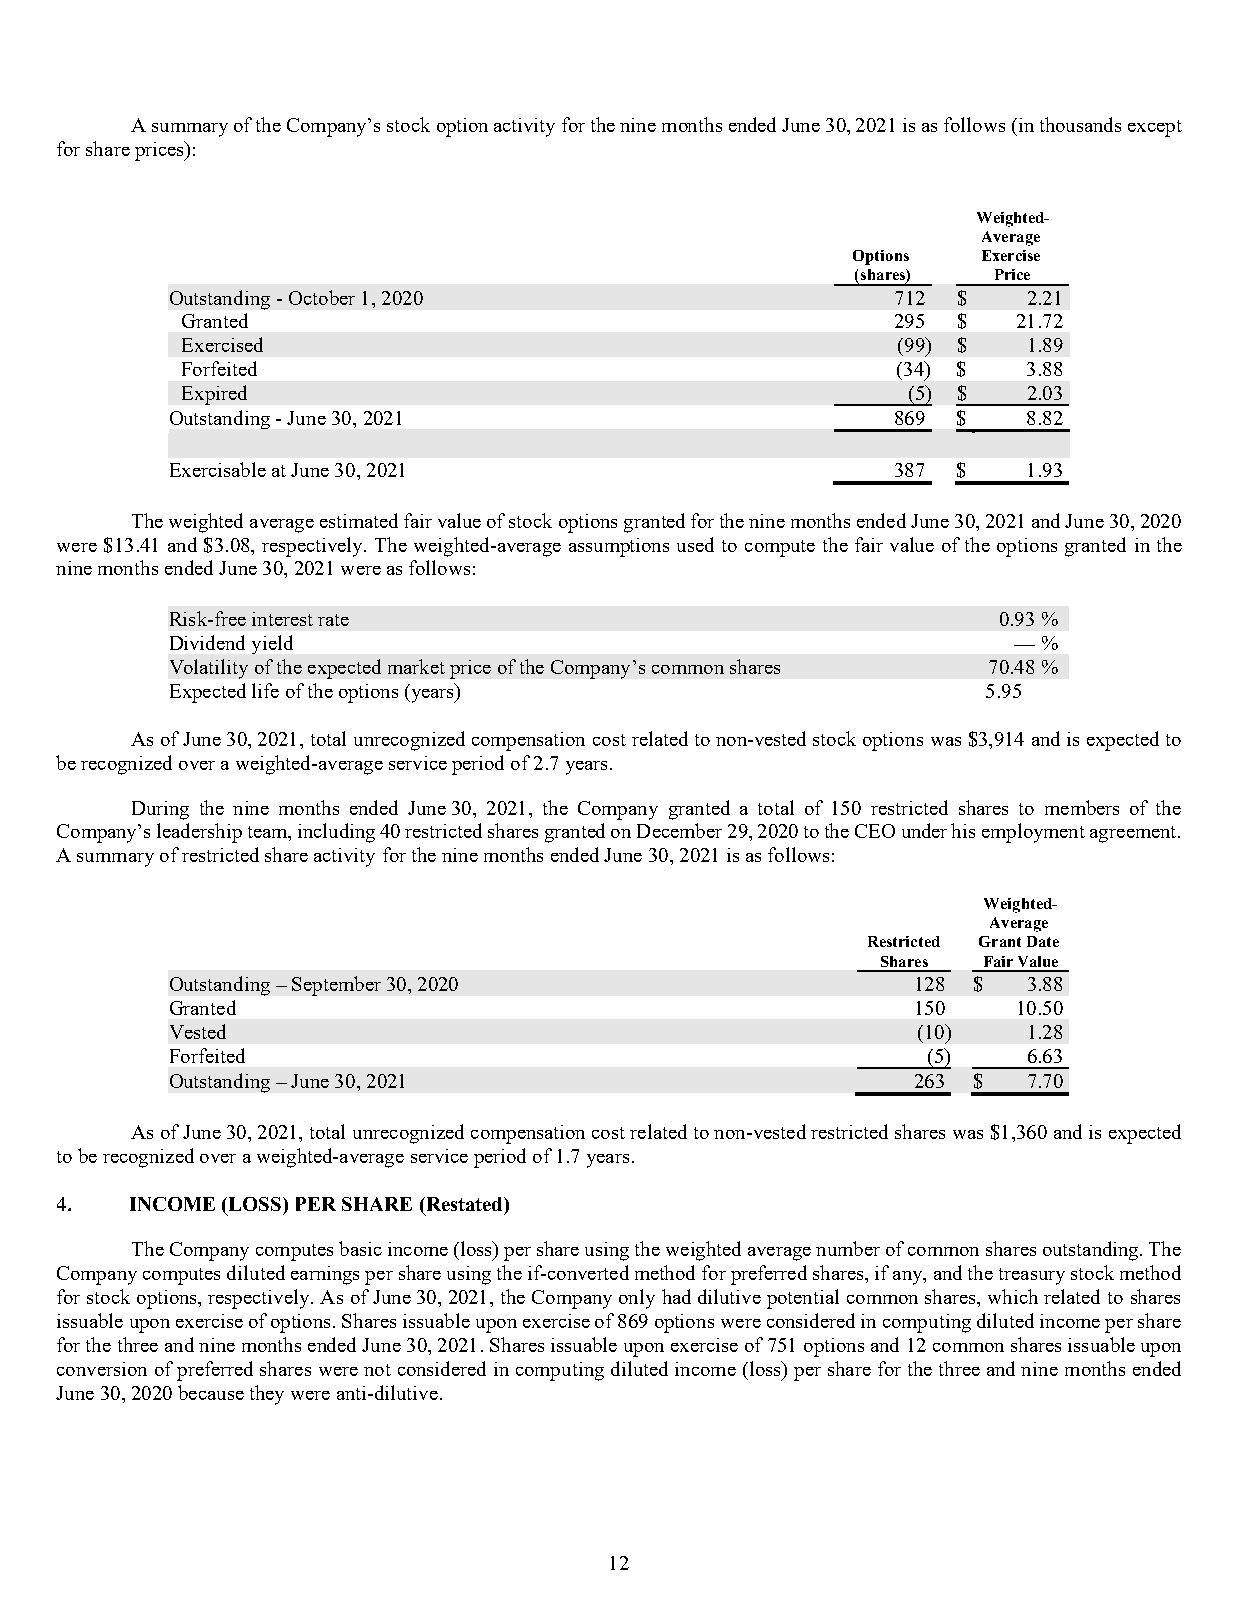
A summary of the Company’s stock option activity for the nine months ended June 30, 2021 is as follows (in thousands except
 for share prices):
 Weighted-
 Average
 Options  Exercise
 (shares) Price
 Outstanding - October 1, 2020                   712 $    2.21
 Granted                                        295 $   21.72
 Exercised                                      (99) $   1.89
 Forfeited                                      (34) $   3.88
 Expired                                         (5) $   2.03
 Outstanding - June 30, 2021                     869 $    8.82
 Exercisable at June 30, 2021                    387 $    1.93
 The weighted average estimated fair value of stock options granted for the nine months ended June 30, 2021 and June 30, 2020
 were $13.41 and $3.08, respectively. The weighted-average assumptions used to compute the fair value of the options granted in the
 nine months ended June 30, 2021 were as follows:
 Risk-free interest rate                                0.93%
 Dividend yield                                          —%
 Volatility of the expected market price of the Company’s common shares 70.48%
 Expected life of the options (years)                  5.95
 As of June 30, 2021, total unrecognized compensation cost related to non-vested stock options was $3,914 and is expected to
 be recognized over a weighted-average service period of 2.7 years.
 During the nine months ended June 30, 2021, the Company granted a total of 150 restricted shares to members of the
 Company’s leadership team, including 40 restricted shares granted on December 29, 2020 to the CEO under his employment agreement.
 A summary of restricted share activity for the nine months ended June 30, 2021 is as follows:
 W eighted-
 Average
 Restricted Grant Date
 Shares Fair Value
 Outstanding – September 30, 2020                 128 $   3.88
 Granted                                          150    10.50
 Vested                                            (10)   1.28
 Forfeited                                         (5)    6.63
 Outstanding – June 30, 2021                      263 $   7.70
 As of June 30, 2021, total unrecognized compensation cost related to non-vested restricted shares was $1,360 and is expected
 to be recognized over a weighted-average service period of 1.7 years.
 4.   INCOME (LOSS) PER SHARE (Restated)
 The Company computes basic income (loss) per share using the weighted average number of common shares outstanding. The
 Company computes diluted earnings per share using the if-converted method for preferred shares, if any, and the treasury stock method
 for stock options, respectively. As of June 30, 2021, the Company only had dilutive potential common shares, which related to shares
 issuable upon exercise of options. Shares issuable upon exercise of 869 options were considered in computing diluted income per share
 for the three and nine months ended June 30, 2021. Shares issuable upon exercise of 751 options and 12 common shares issuable upon
 conversion of preferred shares were not considered in computing diluted income (loss) per share for the three and nine months ended
 June 30, 2020 because they were anti-dilutive.
 12